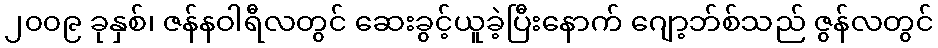
၂၀၀၉ ခုနှစ်၊ ဇန်နဝါရီလတွင် ဆေးခွင့်ယူခဲ့ပြီးနောက် ဂျော့ဘ်စ်သည် ဇွန်လတွင်